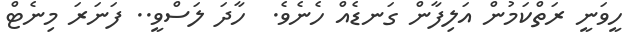
ހީވަނީ ރަތްކަމުން އަލިފާން ގަނޑެއް ހެނެވެ.  ހާދަ ލަސްވީ.. ފަނަރަ މިނެޓް